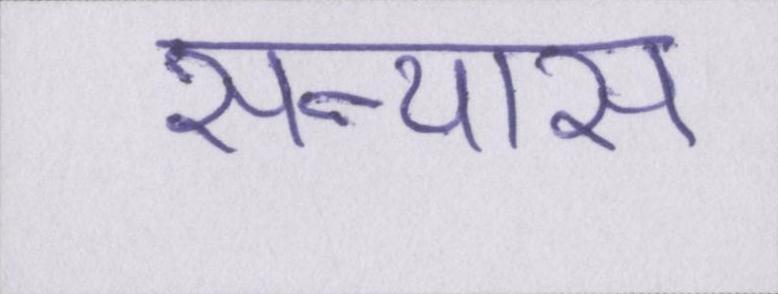
सन्यास